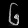
Digit: ၆